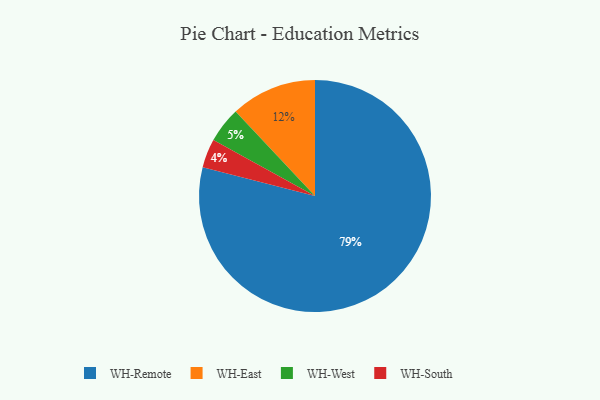
{"axis": {"x": "Category", "y": "Percentage"}, "legend": ["WH-East", "WH-Remote", "WH-South", "WH-West"], "data": [{"x": "WH-East", "y": 12, "type": "WH-East"}, {"x": "WH-West", "y": 5, "type": "WH-West"}, {"x": "WH-Remote", "y": 79, "type": "WH-Remote"}, {"x": "WH-South", "y": 4, "type": "WH-South"}]}